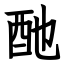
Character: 酏